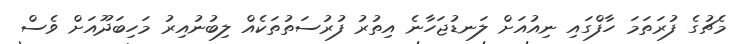
މެޗުގެ ފުރަތަމަ ހާފްގައި ނިއުއަށް ލަނޑުޖަހާނެ އިތުރު ފުރުސަތުތަކެއް ލިބުނުއިރު މަހިބަދޫއަށް ވެސް